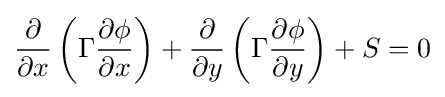
{\frac {\partial {}}{\partial {}x}}\left(\Gamma {}{\frac {\partial {}\phi {}}{\partial {}x}}\right)+{\frac {\partial {}}{\partial {}y}}\left(\Gamma {}{\frac {\partial {}\phi {}}{\partial {}y}}\right)+S=0